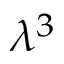
\lambda ^ { 3 }